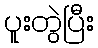
ပူးတွဲပြီး